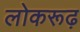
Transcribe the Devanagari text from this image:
लोकरूढ़